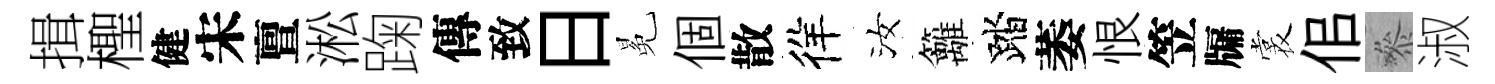
揖檉健宋亶淞踘傳致日冕個散徉汝籬踏萎恨笠牖裳佀叅淑